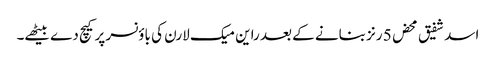
اسد شفیق محض 5 رنز بنانے کے بعد راین میک لارن کی باؤنسر پر کیچ دے بیٹھے۔